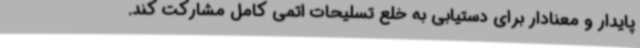
پایدار و معنادار برای دستیابی به خلع تسلیحات اتمی کامل مشارکت کند.